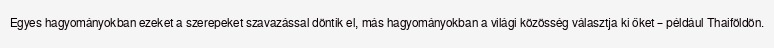
Egyes hagyományokban ezeket a szerepeket szavazással döntik el, más hagyományokban a világi közösség választja ki őket – például Thaiföldön.